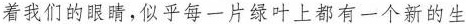
着我们的眼睛，似乎每一片绿叶上都有一个新的生